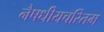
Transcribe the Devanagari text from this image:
नैषधीयचरितम